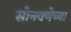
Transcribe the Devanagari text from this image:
सोनवणेच्या